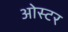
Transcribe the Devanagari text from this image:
ओस्टर